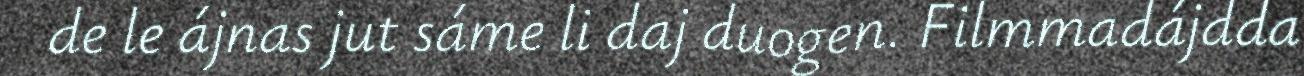
de le ájnas jut sáme li daj duogen. Filmmadájdda